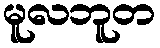
မူလဘူတ